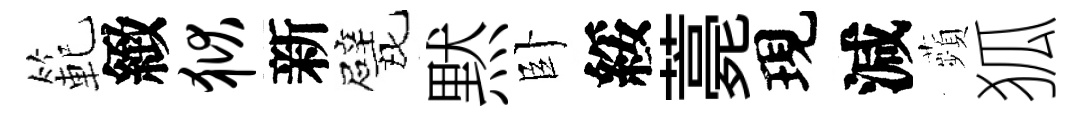
範緻狱新戏黙卧綏薧現減蘋狐